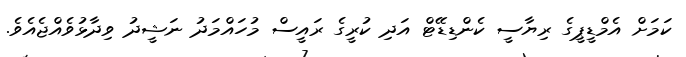
ކަމަށް އެމްޑީޕީގެ ރިޔާސީ ކެންޑިޑޭޓް އަދި ކުރީގެ ރައީސް މުހައްމަދު ނަޝީދު ވިދާޅުވެއްޖެއެވެ.